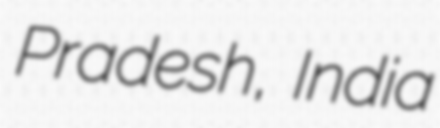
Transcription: Pradesh, India